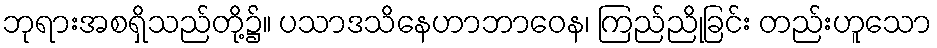
ဘုရားအစရှိသည်တို့၌။ ပသာဒသိနေဟာဘာဝေန၊ ကြည်ညိုခြင်း တည်းဟူသော